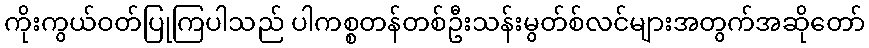
ကိုးကွယ်ဝတ်ပြုကြပါသည် ပါကစ္စတန်တစ်ဦးသန်းမွတ်စ်လင်များအတွက်အဆိုတော်